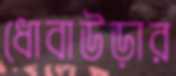
ধোবাউড়ার